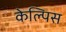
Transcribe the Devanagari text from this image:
केल्पिस